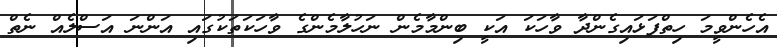
އެހެންވީމަ ހިތްފަޅައިގެންދާ ވާހަކަ އަކީ ބިންމާމެން ނަހުލާމެންގެ ވާހަކަތަކުގައި އަންނަ އަސްލެއް ނެތް